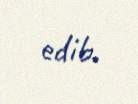
edib.